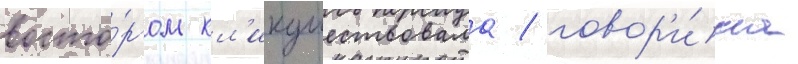
восто́ргом кл'икушествовала / говор'и́ла